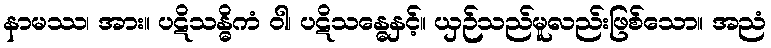
နာမဿ၊ အား။ ပဋိသန္ဓိကံ ဝါ၊ ပဋိသန္ဓေနှင့်။ ယှဉ်သည်မူလည်းဖြစ်သော။ အညံ